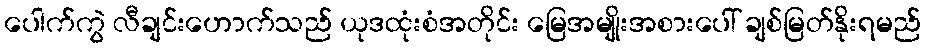
ပေါက်ကွဲ လီချင်းဟောက်သည် ယုဒထုံးစံအတိုင်း မြေအမျိုးအစားပေါ် ချစ်မြတ်နိုးရမည်